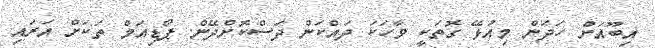
އިބޫއަށް ހަދަން މިއުޅޭ ގޮތަކީ ވާހަކަ ދައްކަން ދަސްކޮށްދޭން. ޕޯޑިއަމް ތަކަށް އަރައި